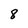
Character: 8